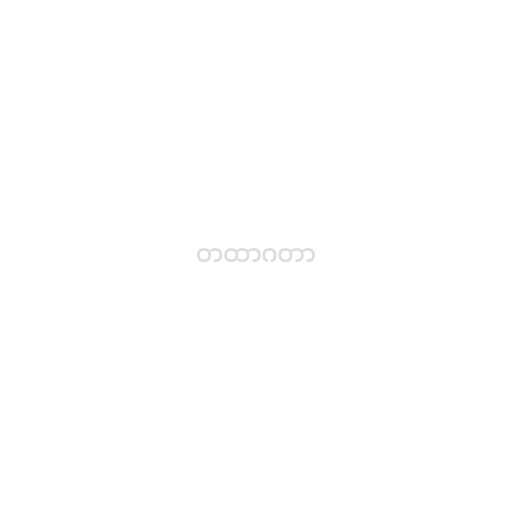
တထာဂတာ